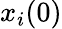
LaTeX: x_{i}(0)